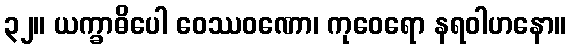
၃၂။ ယက္ခာဓိပေါ ဝေဿဝဏော၊ ကုဝေရော နရဝါဟနော။